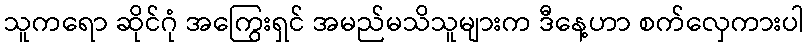
သူကရော ဆိုင်ဂုံ အကြွေးရှင် အမည်မသိသူများက ဒီနေ့ဟာ စက်လှေကားပါ